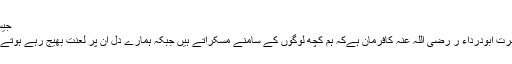
جیساکہ
حضرت ابودرداء ر رضی اللہ عنہ کافرمان ہےکہ ہم کچھ لوگوں کے سامنے مسکراتے ہیں جبکہ ہمارے دل ان پر لعنت بھیج رہے ہوتے ہیں۔